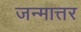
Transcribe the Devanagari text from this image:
जन्मात्तर